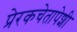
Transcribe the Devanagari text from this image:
प्रेरकचेतापेशी